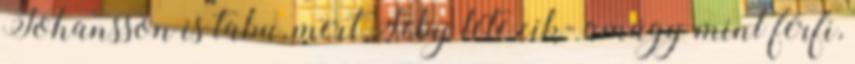
Johansson is tabu, mert Seby létezik- amúgy mint férfi,